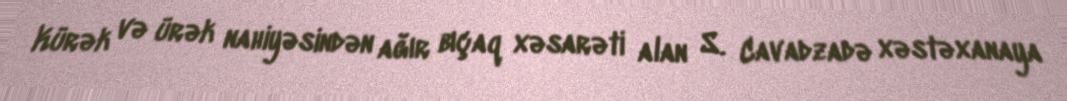
Kürək və ürək nahiyəsindən ağır bıçaq xəsarəti alan S. Cavadzadə xəstəxanaya